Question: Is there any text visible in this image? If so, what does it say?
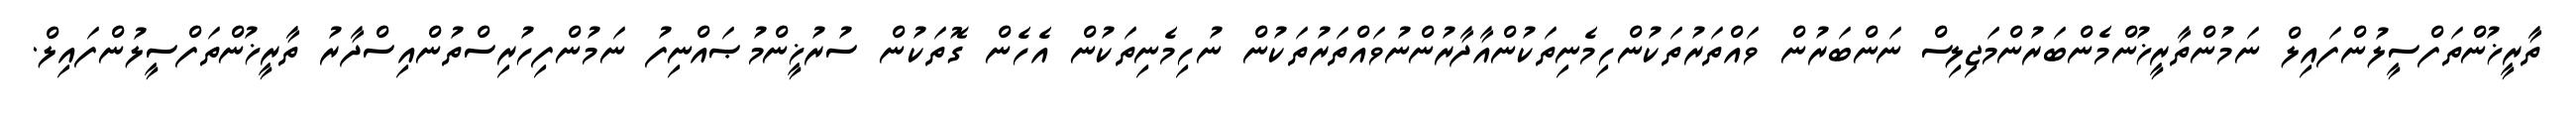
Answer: ތާރީޚުންތަފްސީލުންފައިލް ނަމުންތާރީޚުންމެންބަރުންމަޖިލިސް ނަންބަރުން ވައްތަރުތަކުންހިމެނިތަކުންއާދާރުންނުވައްތަރުތަކުން ނުހިމެނިތަކުން އެހެން ގޮތަކުން ސުރުޚީންމުޞައްނިފު ނަމުންފިހުރިސްތުންއިސްދާރު ތާރީޚުންތަފްސީލުންފައިލް.